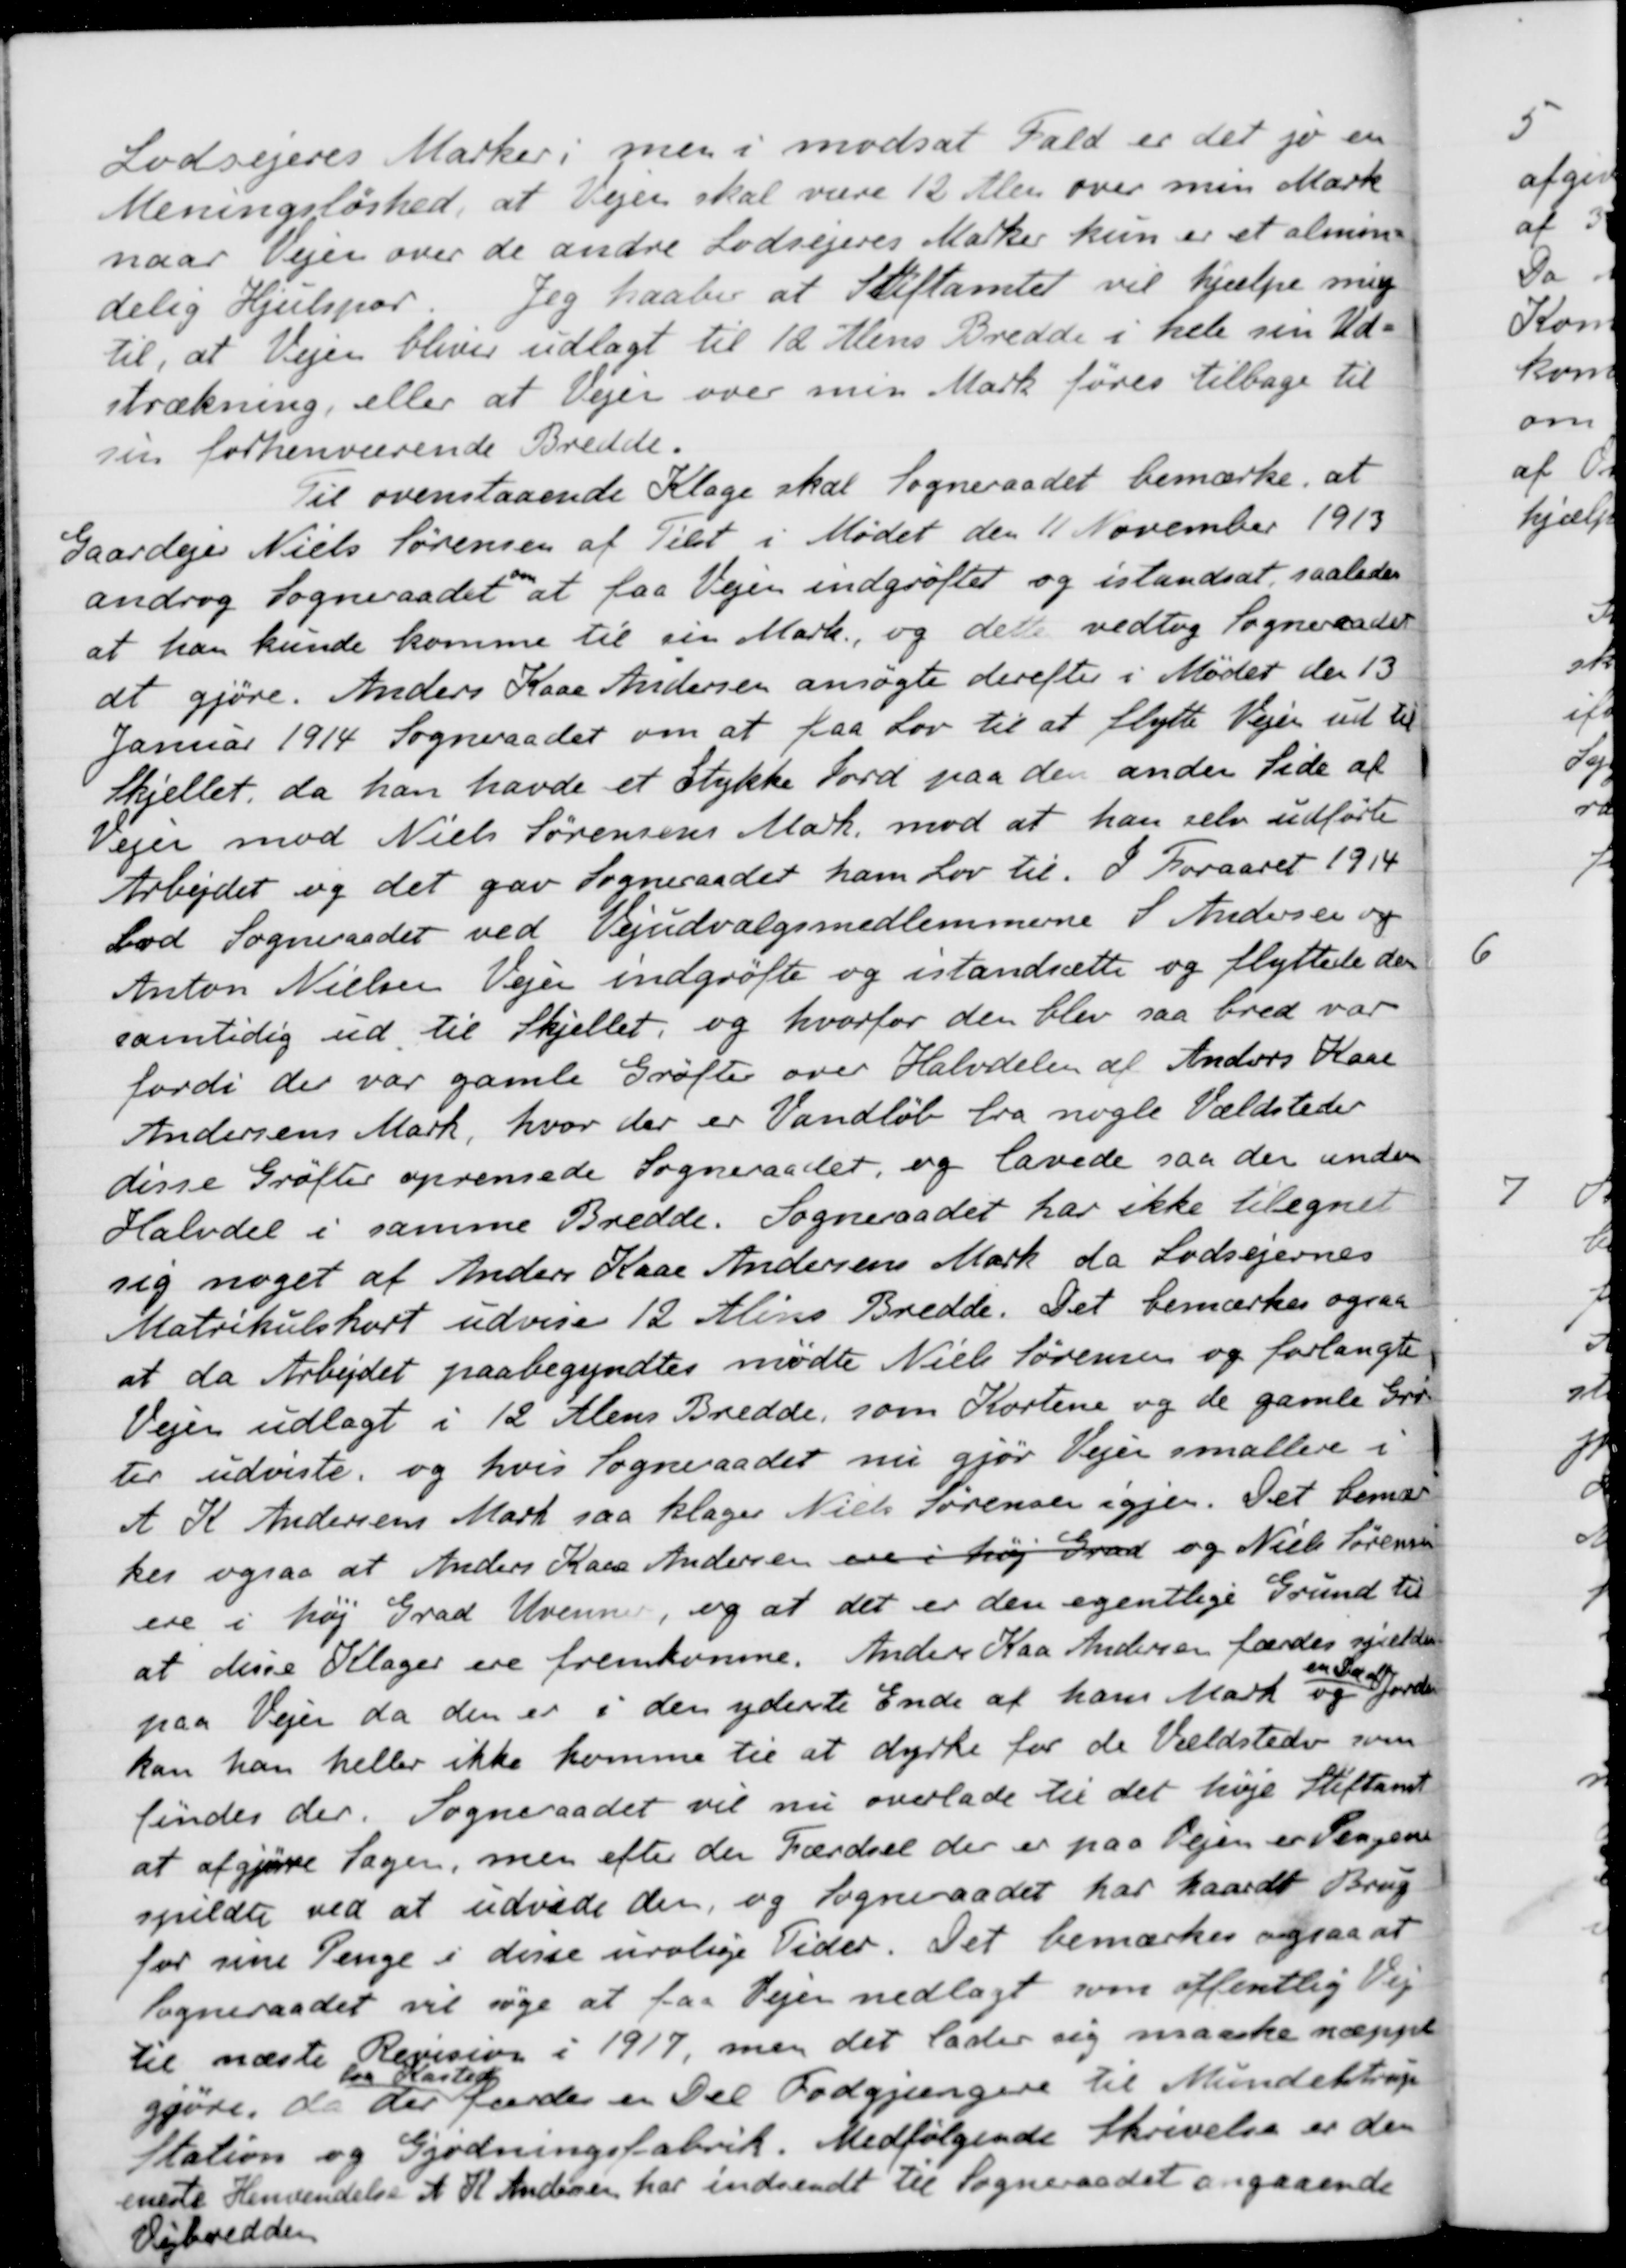
Transskription:
Lodsejeres Marker; men i modsat Fald er det jo en
Meningsløshed, at Vejen skal være 12 Alen over min Mark
naar Vejen over de andre Lodsejeres Marker kun er et almin-
delig Hjulspor. Jeg haaber at Stiftamtet vil hjælpe mig
til, at Vejen bliver udlagt til 12 Alens Bredde i hele sin Ud-
strækning, eller at Vejen over min Mark føres tilbage til
sin forhenværende Bredde.
Til ovenstaaende Klage skal Sogneraadet bemærke, at
Gaardejer Niels Sørensen af Tilst i Mødet den 11 November 1913
androg Sogneraadet at faa Vejen indgrøftet og istandsat, saaledes
at han kunde komme til sin Mark, og det vedtog Sogneraadet
at gjøre. Anders Kaae Andersen ansøgte derefter i Mødet den 13
Januar 1914. Sogneraadet om at paa Lov til at flytte Vejen ud til
Skjellet, da han havde et Stykke Jord paa den anden Side af
Vejen mod Niels Sørensens Mark, mod at han selv udførte
Arbejdet og det gav Sogneraadet ham Lov til. I Foraaret 1914
lod Sogneraadet ved Vejudvalgsmedlemmerne S Andersen og
Anton Nielsen Vejen indgrøfte og istandsætte og flyttede der
samtidig ud til Skjellet, og hvorfor den blev saa bred var
fordi der var gamle Grøfte over Halvdelen af Anders Kaae
Andersens Mark, hvor der er Vandløb fra nogle Vældsteder
disse Grøfter oprensede Sogneraadet, og lavede saa den anden
Halvdel i samme Bredde. Sogneraadet har ikke tilegnet
sig noget af Anders Kaae Andersens Mark da Lodsejernes
Matrikulskort udvise 12 Alens Bredde. Det bemærkes ogsaa
at da Arbejdet paabegyndtes mødte Niels Sørensen og forlangte
Vejen udlagt i 12 Alens Bredde, som Kortene og de gamle Grøf-
ter udviste, og hvis Sogneraadet nu gjør Vejen smallere i
A K Andersens Mark saa klager Niels Sørensen igjen. Det bemær
ker ogsaa at Anders Kaas Andersen ere i høj Grad og Niels Sørensen
ere i høj Grad Uvenner, og at det er den egentlige Grund til
at disse Klager ere fremkomne. Anders Kaa Andersen færdes sjælden
paa Vejen da den er i den yderste Ende af hans Mark og
en Del af
Jorden
kan han heller ikke komme til at dyrke for de Vældsteder som
lindes der. Sogneraadet vil nu overlade til det høje Stiftamt
at afgjøre Sagen, men efter den Færdsel der er paa Vejen er Pengene
spildte ved at udvide den, og Sogneraadet har haardt Brug
for sine Penge i disse urolige Tider. Det bemærkes ogsaa at
Sogneraadet vil søge at faa Vejen nedlagt som offentlig Vej
til næste Revision i 1917, men det lader sig maaske næppe
gjøre, da der
fra Kasted
færdes en Del Fodgjængere til Mundelstrup
Station og Gjødningsfabrik. Medfølgende Skrivelse er den
eneste Henvendelse A K Andersen har indsendt til Sogneraadet angaaende
Vejbredden